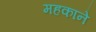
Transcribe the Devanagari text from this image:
महकाने